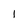
Character: I